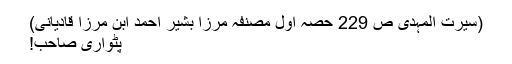
(سیرت المہدی ص 229 حصہ اول مصنفہ مرزا بشیر احمد ابن مرزا قادیانی)
پٹواری صاحب!